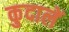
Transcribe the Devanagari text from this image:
कुदालें